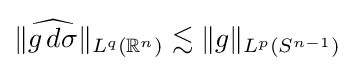
{\textstyle \|{\widehat {g\,d\sigma }}\|_{L^{q}(\mathbb {R} ^{n})}\lesssim \|g\|_{L^{p}(S^{n-1})}}